Plague in India, 1896, 1897 - Volume 1
Year: 1896
Disease focus: Plague
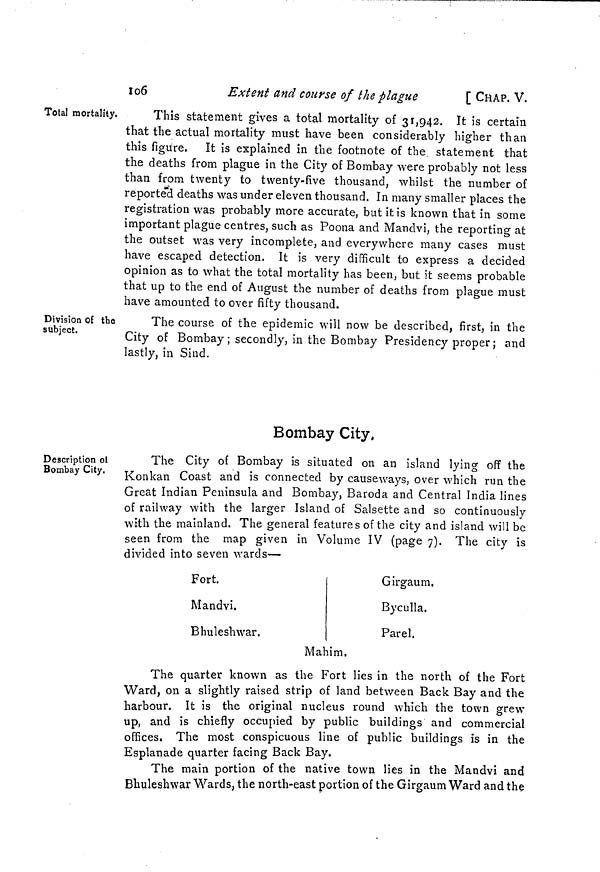
106
Extent and course of the plague
[ CHAP, V.
Total mortality.
This statement gives a total mortality of 31,942. It is certain
that the actual mortality must have been considerably higher than
this figure. It is explained in the footnote of the statement that
the deaths from plague in the City of Bombay were probably not less
than from twenty to twenty-five thousand, whilst the number of
reported deaths was under eleven thousand. In many smaller places the
registration was probably more accurate, but it is known that in some
important plague centres, such as Poona and Mandvi, the reporting at
the outset was very incomplete, and everywhere many cases must
have escaped detection. It is very difficult to express a decided
opinion as to what the total mortality has been, but it seems probable
that up to the end of August the number of deaths from plague must
have amounted to over fifty thousand.
Division of the
subject.
The course of the epidemic will now be described, first, in the
City of Bombay ; secondly, in the Bombay Presidency proper ; and
lastly, in Sind.
Description of
Bombay City.
Bombay City.
The City of Bombay is situated on an island lying off the
Konkan Coast and is connected by causeways, over which run the
Great Indian Peninsula and Bombay, Baroda and Central India lines
of railway with the larger Island of Salsette and so continuously
with the mainland. The general features of the city and island will be
seen from the map given in Volume IV (page 7). The city is
divided into seven wards—
Fort.
Mandvi.
Bhuleshwar.
Girgaum.
Byculla.
Parel.
Mahim.
The quarter known as the Fort lies in the north of the Fort
Ward, on a slightly raised strip of land between Back Bay and the
harbour. It is the original nucleus round which the town grew
up, and is chiefly occupied by public buildings and commercial
offices. The most conspicuous line of public buildings is in the
Esplanade quarter facing Back Bay.
The main portion of the native town lies in the Mandvi and
Bhuleshwar Wards, the north-east portion of the Girgaum Ward and the